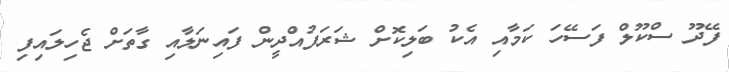
ފޭދޫ ސްކޫލް ފަސޭހަ ކަމާއި އެކު ބަލިކޮށް ޝަރަފުއްދީން ފައިނަލާއި ގާތަށް ޖެހިލައިފި